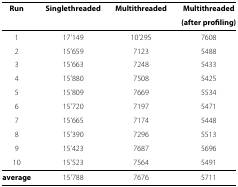
| Run | Singlethreaded | Multithreaded | Multithreaded |
 |  |  |  | (after profiling) |
 | --- | --- | --- | --- |
 | 1 | 17’149 | 10’295 | 7608 |
 | 2 | 15’659 | 7123 | 5488 |
 | 3 | 15’663 | 7248 | 5433 |
 | 4 | 15’880 | 7508 | 5425 |
 | 5 | 15’809 | 7669 | 5534 |
 | 6 | 15’720 | 7197 | 5471 |
 | 7 | 15’665 | 7174 | 5448 |
 | 8 | 15’390 | 7296 | 5513 |
 | 9 | 15’423 | 7687 | 5696 |
 | 10 | 15’523 | 7564 | 5491 |
 | average | 15’788 | 7676 | 5711 |